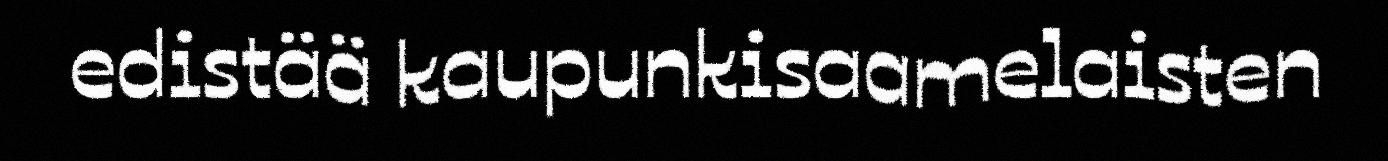
edistää kaupunkisaamelaisten